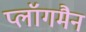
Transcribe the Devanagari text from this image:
प्लॉगमैन